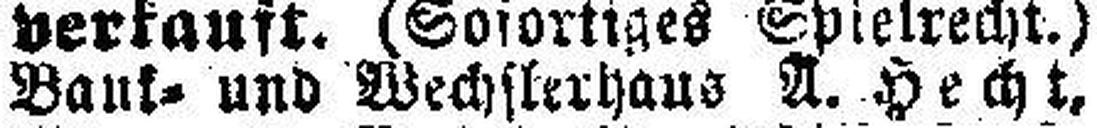
Bank= und Wechslerhaus A. Hecht,